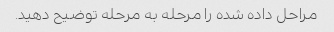
مراحل داده شده را مرحله به مرحله توضیح دهید.